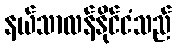
နယ်သာလန်နိုင်ငံသည်